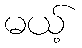
မယ့်